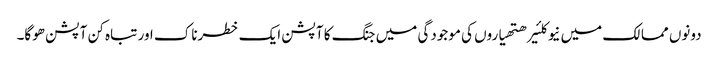
دونوں ممالک میں نیوکلئیر ھتھیاروں کی موجودگی میں جنگ کا آپشن ایک خطرناک اور تباہ کن آپشن ھوگا۔